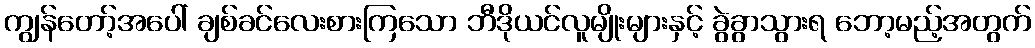
ကျွန်တော့်အပေါ် ချစ်ခင်လေးစားကြသော ဘီဒိုယင်လူမျိုးများနှင့် ခွဲခွာသွားရ ဘော့မည့်အတွက်